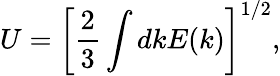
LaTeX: U=\left[\frac{2}{3}\int dkE(k)\right]^{1/2},